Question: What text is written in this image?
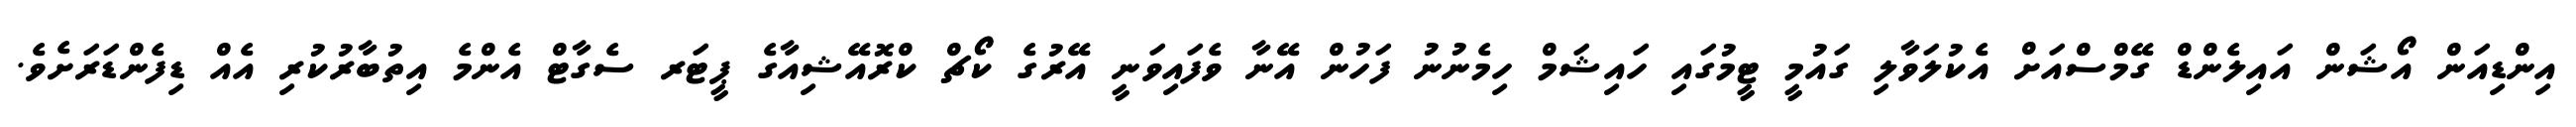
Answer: އިންޑިއަން އޯޝަން އައިލެންޑް ގޭމްސްއަށް އެކުލަވާލި ގައުމީ ޓީމުގައި ހައިޝަމް ހިމެނުނު ފަހުން އޭނާ ވެފައިވަނީ އޭރުގެ ކޯޗް ކްރޮއޭޝިއާގެ ޕީޓަރ ސެގާޓް އެންމެ އިތުބާރުކުރި އެއް ޑިފެންޑަރަށެވެ.